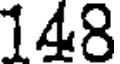
148